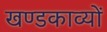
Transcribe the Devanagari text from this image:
खण्डकाव्यों